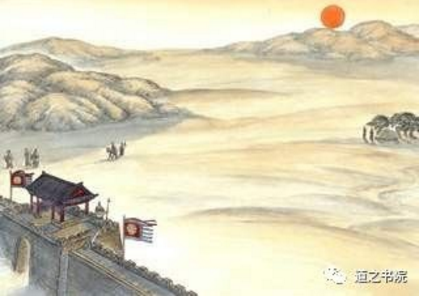
调角断清秋，征人倚戍楼。